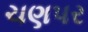
ચણપર